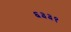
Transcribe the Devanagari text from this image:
६३३१